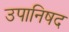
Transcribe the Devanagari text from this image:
उपानिषद